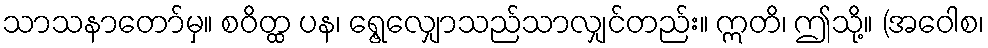
သာသနာတော်မှ။ စဝိတ္ထ ပန၊ ရွေ့လျှောသည်သာလျှင်တည်း။ ဣတိ၊ ဤသို့။ (အဝေါစ၊